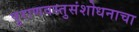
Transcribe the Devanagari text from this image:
पुराणवस्तुसंशोधनाचा